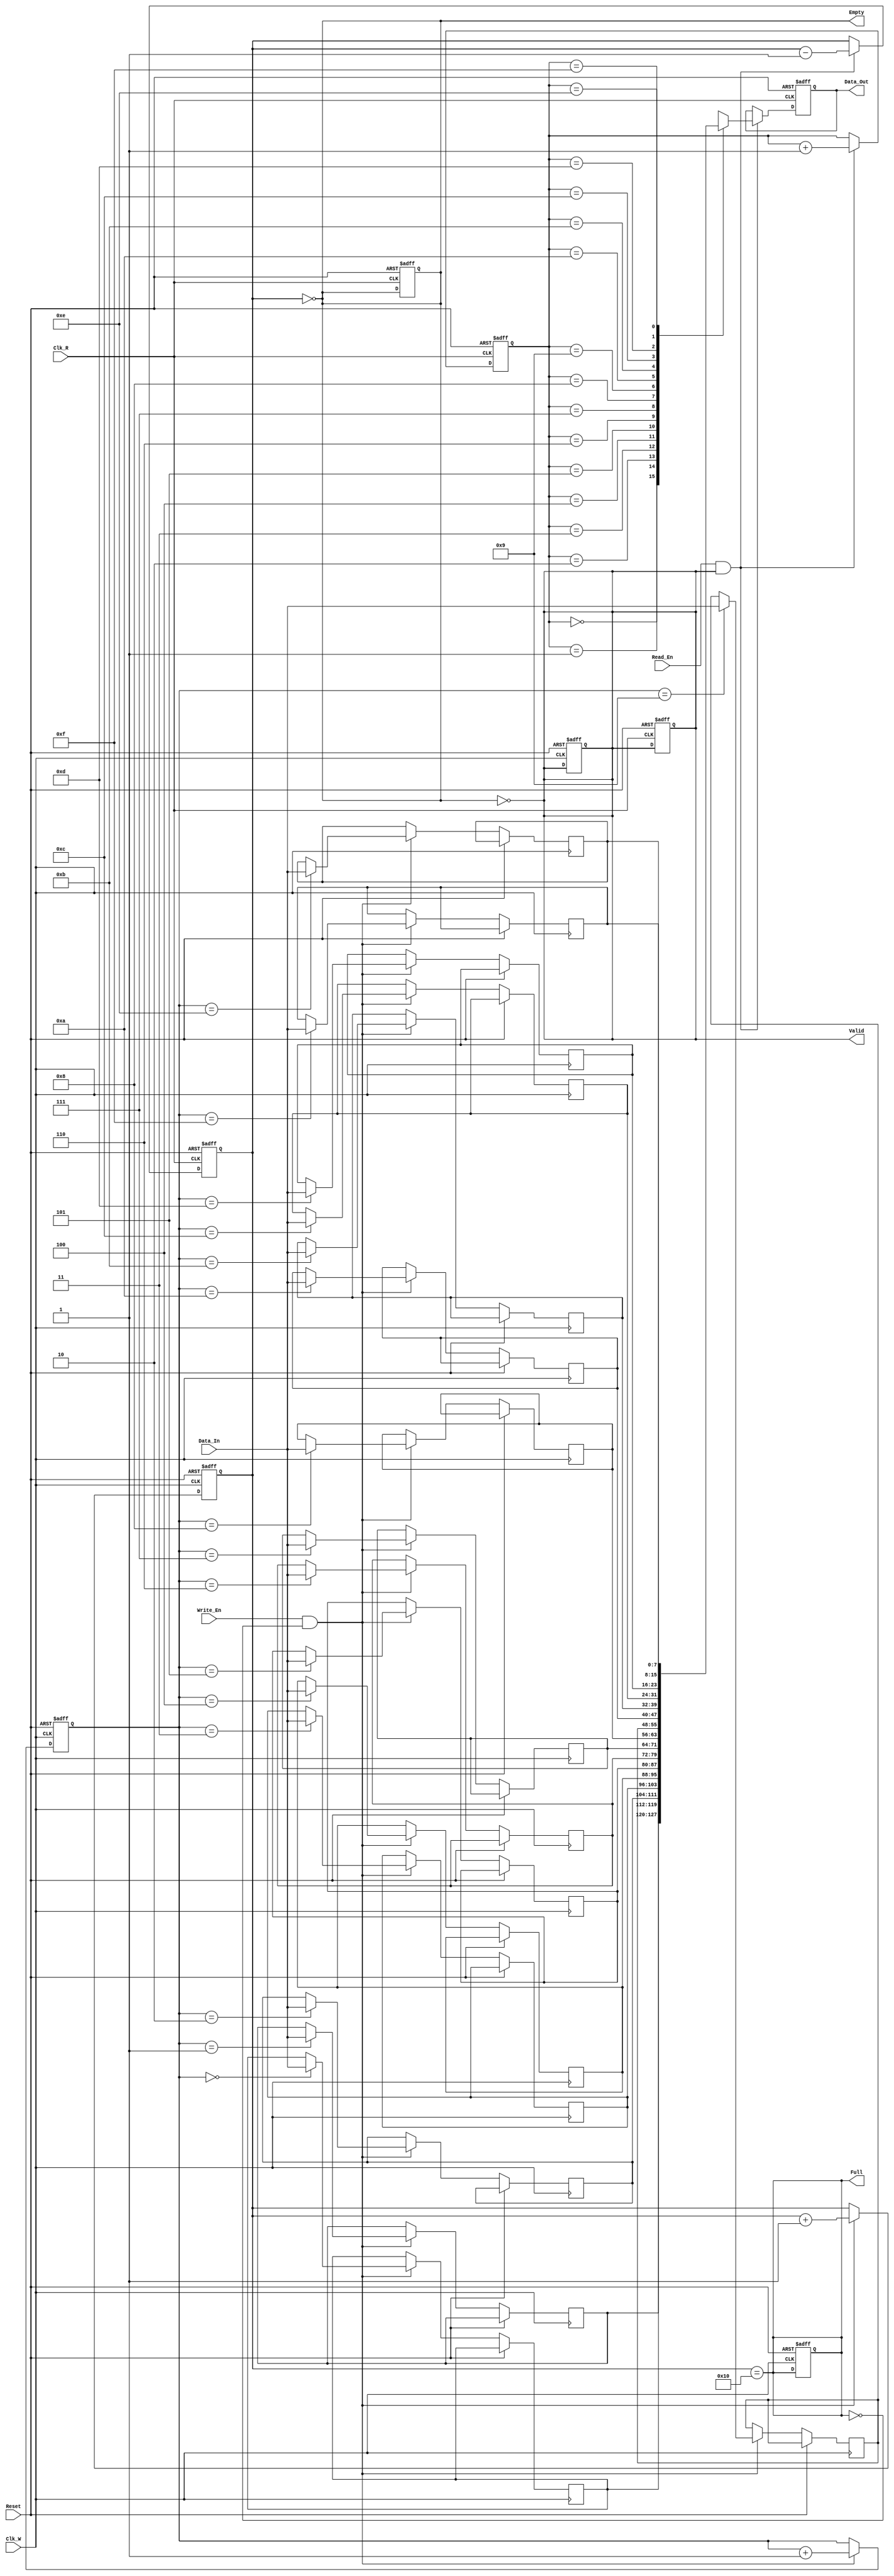
module DualClockFIFO #(
    parameter DATA_WIDTH = 8,      // Width of the data
    parameter FIFO_DEPTH = 16       // Depth of the FIFO (must be a power of 2)
) (
    input wire Clk_W,               // Write clock
    input wire Clk_R,               // Read clock
    input wire Reset,               // Asynchronous reset
    input wire Write_En,            // Write enable
    input wire Read_En,             // Read enable
    input wire [DATA_WIDTH-1:0] Data_In, // Data input
    output reg [DATA_WIDTH-1:0] Data_Out, // Data output
    output reg Full,                // FIFO full flag
    output reg Empty,               // FIFO empty flag
    output reg Valid                // Data valid flag
);

    // Internal signals
    reg [DATA_WIDTH-1:0] fifo_mem [0:FIFO_DEPTH-1]; // FIFO memory
    reg [clog2(FIFO_DEPTH)-1:0] WPtr, RPtr;         // Write and read pointers
    reg [clog2(FIFO_DEPTH):0] Count;                 // Current count of stored elements

    // Function to calculate log base 2
    function integer clog2;
        input integer value;
        begin
            value = value - 1;
            for (clog2 = 0; value > 0; clog2 = clog2 + 1)
                value = value >> 1;
        end
    endfunction

    // Asynchronous reset logic
    always @(posedge Clk_W or posedge Reset) begin
        if (Reset) begin
            WPtr <= 0;
            Count <= 0;
            Full <= 0;
            Valid <= 0;
        end else if (Write_En && !Full) begin
            fifo_mem[WPtr] <= Data_In;
            WPtr <= WPtr + 1;
            Count <= Count + 1;
        end
    end

    // Full flag logic
    always @(*) begin
        Full = (Count == FIFO_DEPTH);
    end

    // Read logic
    always @(posedge Clk_R or posedge Reset) begin
        if (Reset) begin
            RPtr <= 0;
            Count <= 0;
            Empty <= 1;
            Valid <= 0;
            Data_Out <= 0;
        end else if (Read_En && !Empty) begin
            Data_Out <= fifo_mem[RPtr];
            RPtr <= RPtr + 1;
            Count <= Count - 1;
        end
    end

    // Empty flag logic
    always @(*) begin
        Empty = (Count == 0);
        Valid = !Empty; // Data is valid if FIFO is not empty
    end

endmodule